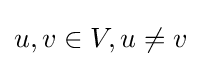
u,v\in V,u\neq v